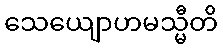
သေယျောဟမသ္မီတိ